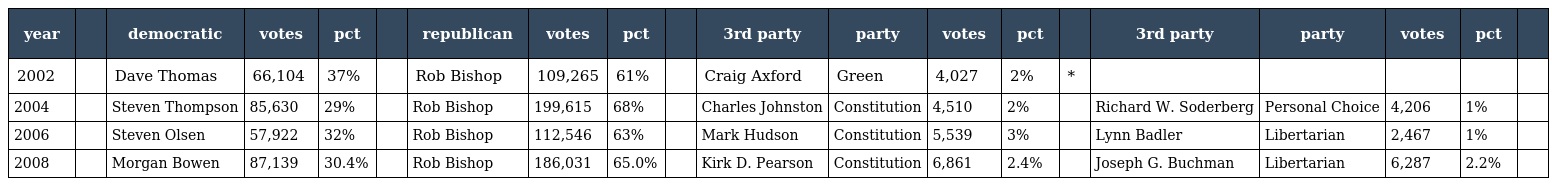
| year |  | democratic | votes | pct |  | republican | votes | pct |  | 3rd party | party | votes | pct |  | 3rd party | party | votes | pct |  |
 | --- | --- | --- | --- | --- | --- | --- | --- | --- | --- | --- | --- | --- | --- | --- | --- | --- | --- | --- | --- |
 | 2002 |  | Dave Thomas | 66,104 | 37% |  | Rob Bishop | 109,265 | 61% |  | Craig Axford | Green | 4,027 | 2% | * |  |  |  |  |  |
 | 2004 |  | Steven Thompson | 85,630 | 29% |  | Rob Bishop | 199,615 | 68% |  | Charles Johnston | Constitution | 4,510 | 2% |  | Richard W. Soderberg | Personal Choice | 4,206 | 1% |  |
 | 2006 |  | Steven Olsen | 57,922 | 32% |  | Rob Bishop | 112,546 | 63% |  | Mark Hudson | Constitution | 5,539 | 3% |  | Lynn Badler | Libertarian | 2,467 | 1% |  |
 | 2008 |  | Morgan Bowen | 87,139 | 30.4% |  | Rob Bishop | 186,031 | 65.0% |  | Kirk D. Pearson | Constitution | 6,861 | 2.4% |  | Joseph G. Buchman | Libertarian | 6,287 | 2.2% |  |